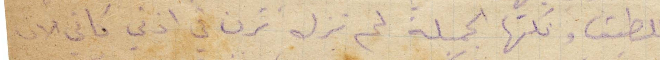
اللطيف ونكتها الجميلة لم تزل ترن في اذني فاني الان